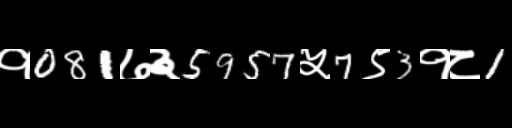
Text: १081७३5957५7९3१८1